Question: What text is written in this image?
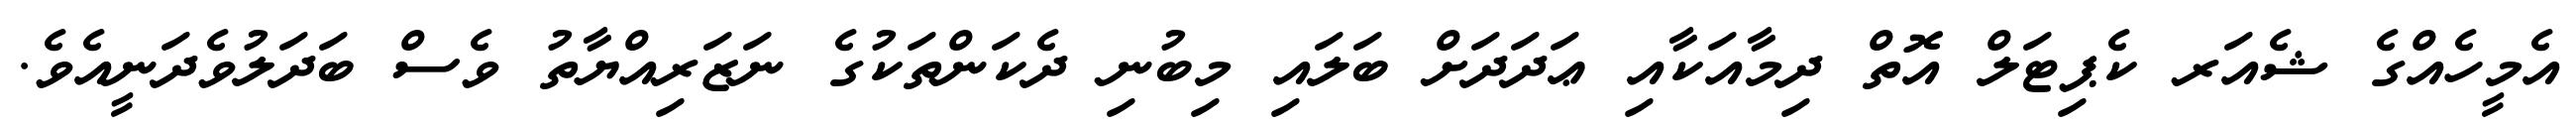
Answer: އެމީހެއްގެ ޝެއަރ ކެޕިޓަލް އޮތް ދިމާއަކާއި ޢަދަދަށް ބަލައި މިބުނި ދެކަންތަކުގެ ނަޒަރިއްޔާތު ވެސް ބަދަލުވެދަނީއެވެ.